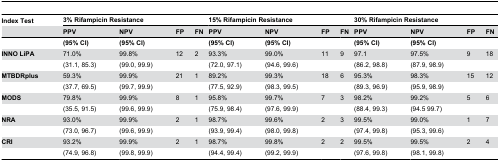
<table><thead><tr><td><b>Index Test</b></td><td colspan="4"><b>3% Rifampicin Resistance</b></td><td colspan="4"><b>15% Rifampicin Resistance</b></td><td colspan="4"><b>30% Rifampicin Resistance</b></td></tr><tr><td></td><td><b>PPV</b></td><td><b>NPV</b></td><td><b>FP</b></td><td><b>FN</b></td><td><b>PPV</b></td><td><b>NPV</b></td><td><b>FP</b></td><td><b>FN</b></td><td><b>PPV</b></td><td><b>NPV</b></td><td><b>FP</b></td><td><b>FN</b></td></tr></thead><tbody><tr><td></td><td><b>(95% CI)</b></td><td><b>(95% CI)</b></td><td></td><td></td><td><b>(95% CI)</b></td><td><b>(95% CI)</b></td><td></td><td></td><td><b>(95% CI)</b></td><td><b>(95% CI)</b></td><td></td><td></td></tr><tr><td><b>INNO LiPA</b></td><td>71.0%</td><td>99.8%</td><td>12</td><td>2</td><td>93.3%</td><td>99.0%</td><td>11</td><td>9</td><td>97.1</td><td>97.5%</td><td>9</td><td>18</td></tr><tr><td></td><td>(31.1, 85.3)</td><td>(99.0, 99.9)</td><td></td><td></td><td>(72.0, 97.1)</td><td>(94.6, 99.6)</td><td></td><td></td><td>(86.2, 98.8)</td><td>(87.9, 98.9)</td><td></td><td></td></tr><tr><td><b>MTBDRplus</b></td><td>59.3%</td><td>99.9%</td><td>21</td><td>1</td><td>89.2%</td><td>99.3%</td><td>18</td><td>6</td><td>95.3%</td><td>98.3%</td><td>15</td><td>12</td></tr><tr><td></td><td>(37.7, 69.5)</td><td>(99.7, 99.9)</td><td></td><td></td><td>(77.5, 92.9)</td><td>(98.3, 99.5)</td><td></td><td></td><td>(89.3, 96.9)</td><td>(95.9, 98.9)</td><td></td><td></td></tr><tr><td><b>MODS</b></td><td>79.8%</td><td>99.9%</td><td>8</td><td>1</td><td>95.8%</td><td>99.7%</td><td>7</td><td>3</td><td>98.2%</td><td>99.2%</td><td>5</td><td>6</td></tr><tr><td></td><td>(35.5, 91.5)</td><td>(99.6, 99.9)</td><td></td><td></td><td>(75.9, 98.4)</td><td>(97.6, 99.9)</td><td></td><td></td><td>(88.4, 99.3)</td><td>(94.5 99.7)</td><td></td><td></td></tr><tr><td><b>NRA</b></td><td>93.0%</td><td>99.9%</td><td>2</td><td>1</td><td>98.7%</td><td>99.6%</td><td>2</td><td>3</td><td>99.5%</td><td>99.0%</td><td>1</td><td>7</td></tr><tr><td></td><td>(73.0, 96.7)</td><td>(99.6, 99.9)</td><td></td><td></td><td>(93.9, 99.4)</td><td>(98.0, 99.8)</td><td></td><td></td><td>(97.4, 99.8)</td><td>(95.3, 99.6)</td><td></td><td></td></tr><tr><td><b>CRI</b></td><td>93.2%</td><td>99.9%</td><td>2</td><td>1</td><td>98.7%</td><td>99.8%</td><td>2</td><td>2</td><td>99.5%</td><td>99.5%</td><td>2</td><td>4</td></tr><tr><td></td><td>(74.9, 96.8)</td><td>(99.8, 99.9)</td><td></td><td></td><td>(94.4, 99.4)</td><td>(99.2, 99.9)</td><td></td><td></td><td>(97.6, 99.8)</td><td>(98.1, 99.8)</td><td></td><td></td></tr></tbody></table>